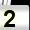
Digit: 2